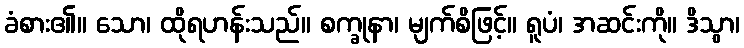
ခံစား၏။ သော၊ ထိုရဟန်းသည်။ စက္ခုနာ၊ မျက်စိဖြင့်။ ရူပံ၊ အဆင်းကို။ ဒိသွာ၊